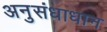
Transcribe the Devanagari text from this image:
अनुसंधाधान